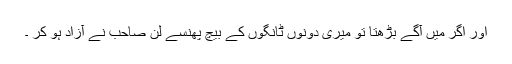
اور اگر میں آگے بڑھتا تو میری دونوں ٹانگوں کے بیچ پھنسے لن صاحب نے آزاد ہو کر ۔